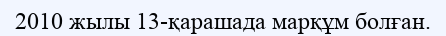
2010 жылы 13-қарашада марқұм болған.